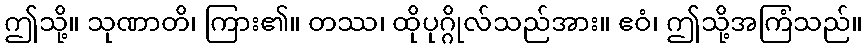
ဤသို့။ သုဏာတိ၊ ကြား၏။ တဿ၊ ထိုပုဂ္ဂိုလ်သည်အား။ ဧဝံ၊ ဤသို့အကြံသည်။